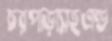
চরপাড়াসহএন্ড